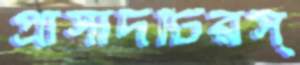
প্রাসাদটিরস্